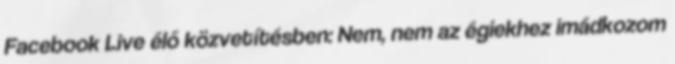
Facebook Live élő közvetítésben: Nem, nem az égiekhez imádkozom